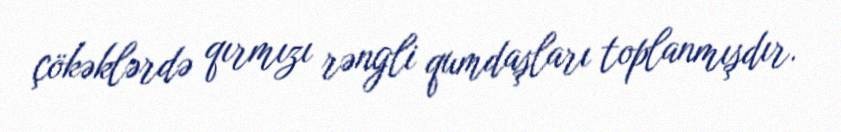
çökəklərdə qırmızı rəngli qumdaşları toplanmışdır.